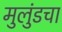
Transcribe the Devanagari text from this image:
मुलुंडचा